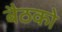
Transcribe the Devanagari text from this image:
बैठको